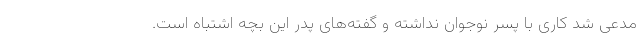
مدعی شد کاری با پسر نوجوان نداشته و گفته‌های پدر این بچه اشتباه است.